Civil Veterinary Dept. Assam report 1927-50 - 1927-1950
Year: 1927
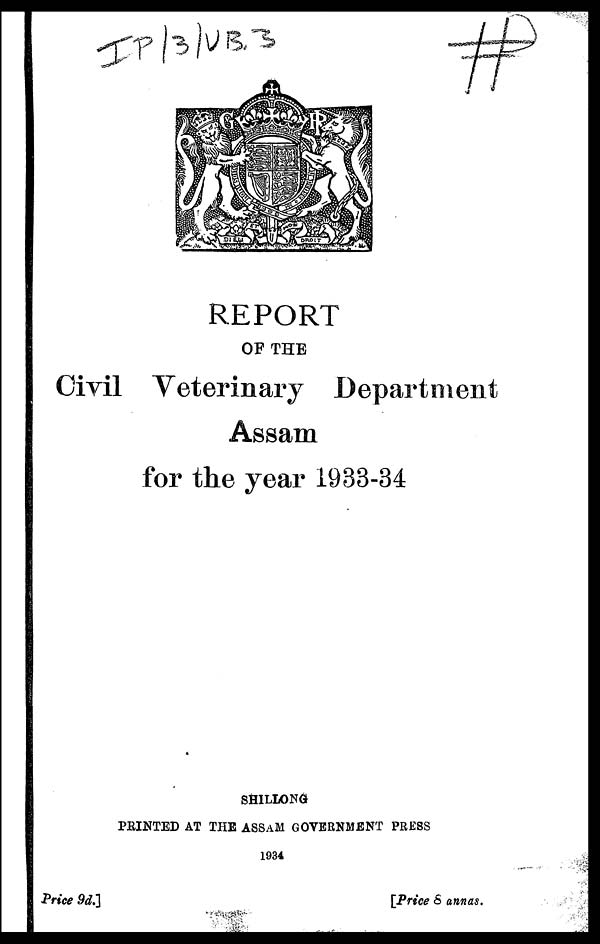
REPORT
OF THE
Civil Veterinary Department
Assam
for the year 1933-34
SHILLONG
PRINTED AT THE ASSAM GOVERNMENT PRESS
1934
Price 9d.]
[Price 8 annas.